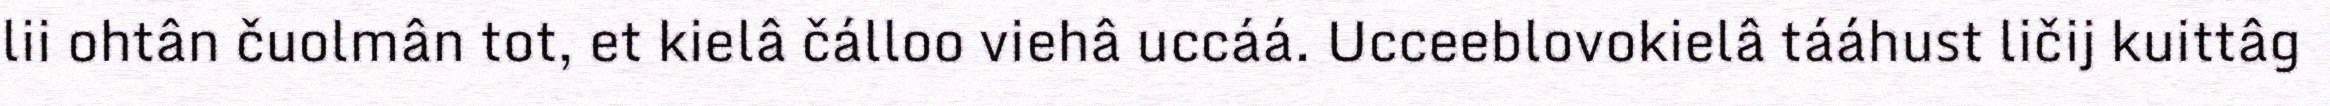
lii ohtân čuolmân tot, et kielâ čálloo viehâ uccáá. Ucceeblovokielâ tááhust ličij kuittâg